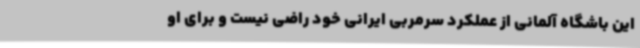
این باشگاه آلمانی از عملکرد سرمربی ایرانی خود راضی نیست و برای او